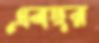
এবছর